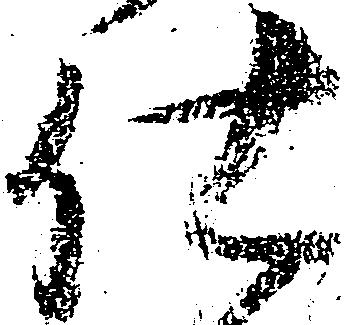
仕